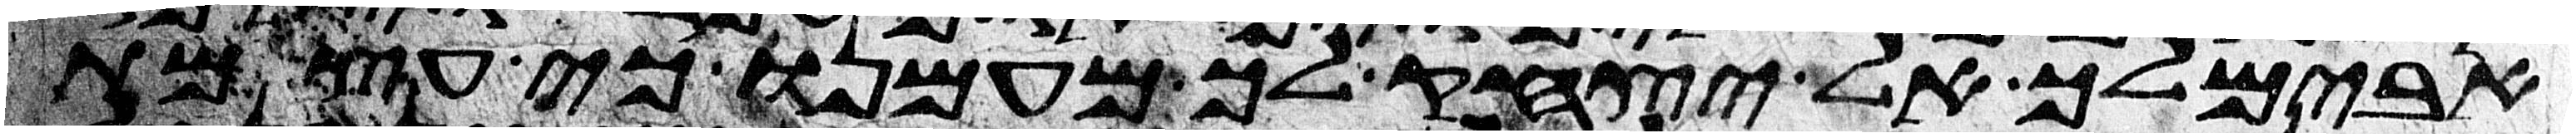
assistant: אבימלך אל יצחק לך מעמנו כי עצמת